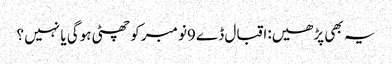
یہ بھی پڑھیں:اقبال ڈے 9نومبر کو چھٹی ہوگی یا نہیں ؟